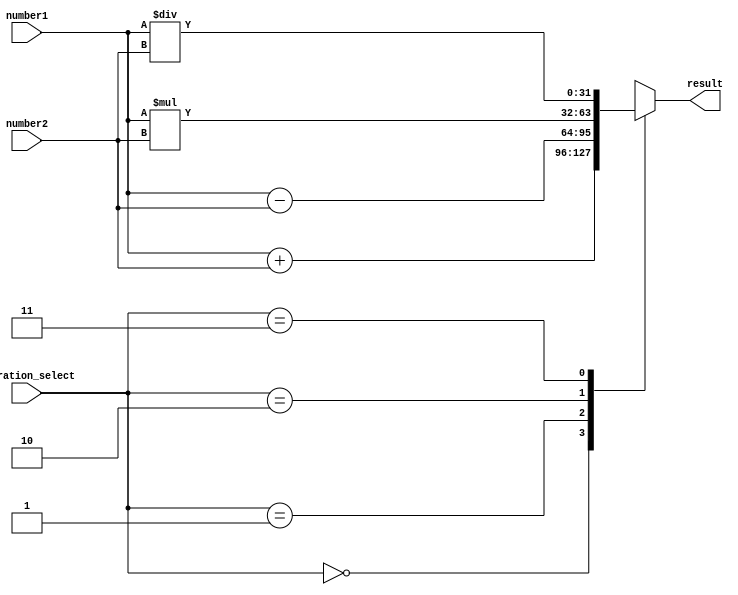
module FixedPointFloatingPointUnit (
    input signed [31:0] number1,
    input signed [31:0] number2,
    input [1:0] operation_select,
    output reg signed [31:0] result
);

always @(*) begin
    case(operation_select)
        2'b00:   // Addition operation
            result = number1 + number2;
        2'b01:   // Subtraction operation
            result = number1 - number2;
        2'b10:   // Multiplication operation
            result = number1 * number2;
        2'b11:   // Division operation
            result = number1 / number2;
    endcase
end

endmodule